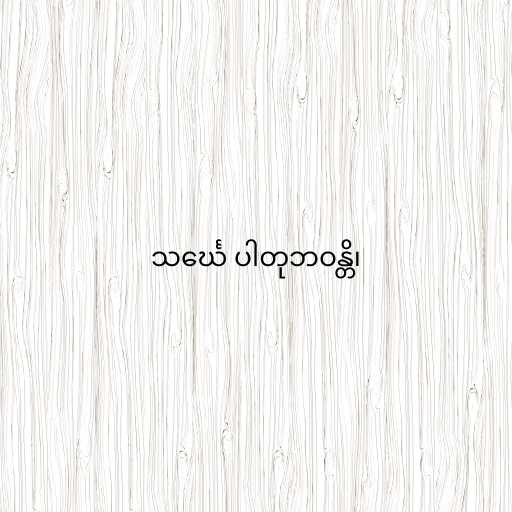
သင်္ဃေ ပါတုဘဝန္တိ၊